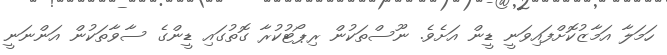
ހަމަލާ އަމާޒުކޮށްފައިވަނީ ޑީން އަށެވެ. ނޫސްތަކުން ރިޕޯޓުކުރާ ގޮތުގައި ޑީންގެ ސާވާތަކުން އަންނަނީ